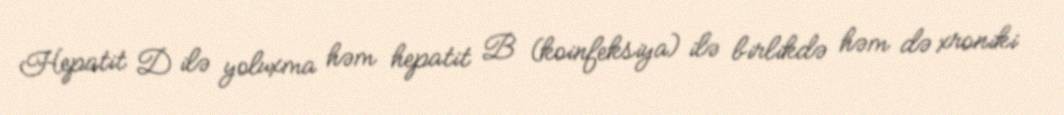
Hepatit D ilə yoluxma həm hepatit B (koinfeksiya) ilə birlikdə həm də xroniki